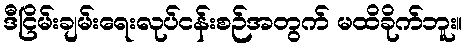
ဒီငြိမ်းချမ်းရေးလုပ်ငန်းစဉ်အတွက် မထိခိုက်ဘူး။